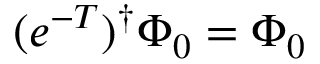
( e ^ { - T } ) ^ { \dag } \Phi _ { 0 } = \Phi _ { 0 }